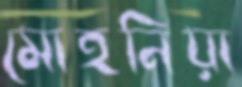
মোহনিয়া